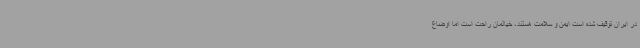
در ایران توقیف شده است ایمن و سلامت هستند، خیالمان راحت است اما اوضاع